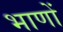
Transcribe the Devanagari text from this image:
भाणों